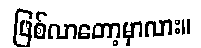
ဖြစ်လာတော့မှာလား။